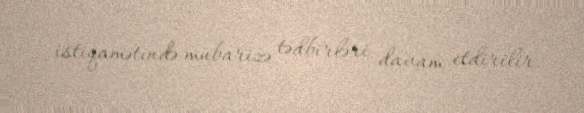
istiqamətində mübarizə tədbirləri davam etdirilir.